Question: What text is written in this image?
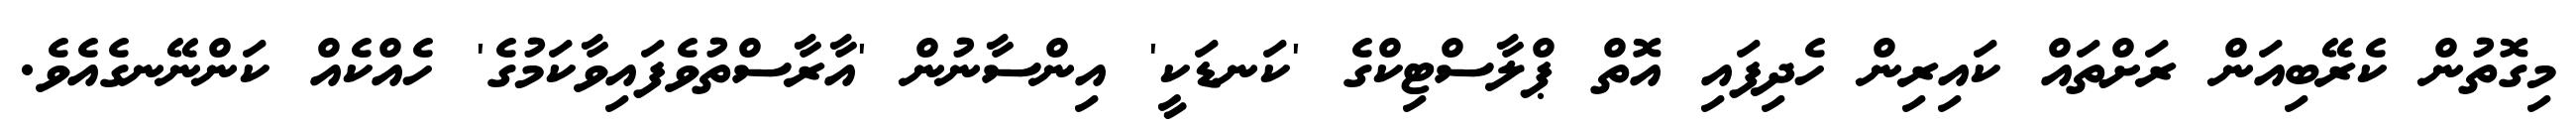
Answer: މިގޮތުން ކެރޭބިއަން ރަށްތައް ކައިރިން ހެދިފައި އޮތް ޕްލާސްޓިކްގެ 'ކަނޑަކީ' އިންސާނުން 'އާރާސްތުވެފައިވާކަމުގެ' ހެއްކެއް ކަންނޭނގެއެވެ.